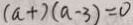
( a + ) ( a - 3 ) = 0